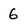
Character: 6